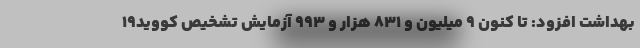
بهداشت افزود: تا کنون ۹ میلیون و ۸۳۱ هزار و ۹۹۳ آزمایش تشخیص کووید۱۹